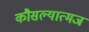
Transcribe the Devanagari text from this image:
कौसल्यात्मज